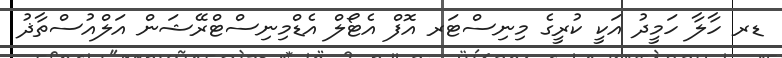
ޑރ ހާލާ ހަމީދު އަކީ ކުރީގެ މިނިސްޓަރ އޮފް އެޓޯލް އެޑްމިނިސްޓްރޭޝަން އަލްއުސްތާޛު